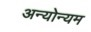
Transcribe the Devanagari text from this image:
अन्योन्यम